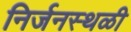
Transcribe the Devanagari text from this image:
निर्जनस्थळी